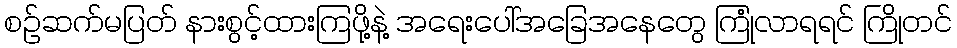
စဉ်ဆက်မပြတ် နားစွင့်ထားကြဖို့နဲ့ အရေးပေါ်အခြေအနေတွေ ကြုံလာရရင် ကြိုတင်